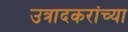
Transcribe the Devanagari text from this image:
उत्रादकरांच्या